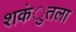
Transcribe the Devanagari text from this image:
शकंुतला